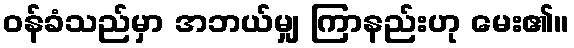
ဝန်ခံသည်မှာ အဘယ်မျှ ကြာနည်းဟု မေး၏။